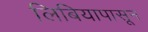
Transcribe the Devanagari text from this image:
लिबियापासून